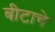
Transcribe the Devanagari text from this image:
बीटाचे